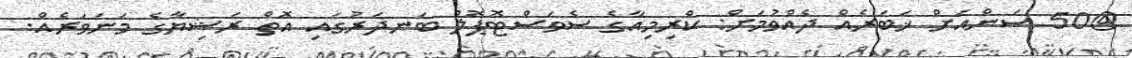
@50 ސަންއަށް ޚަބަރެއް ދެއްވުމަށް: ކްރިމިއާގެ ސެވަސްޓޮޕޮލް ބަނދަރުގައި އޮތް ރަޝިޔާގެ މަނަވަރެއް.